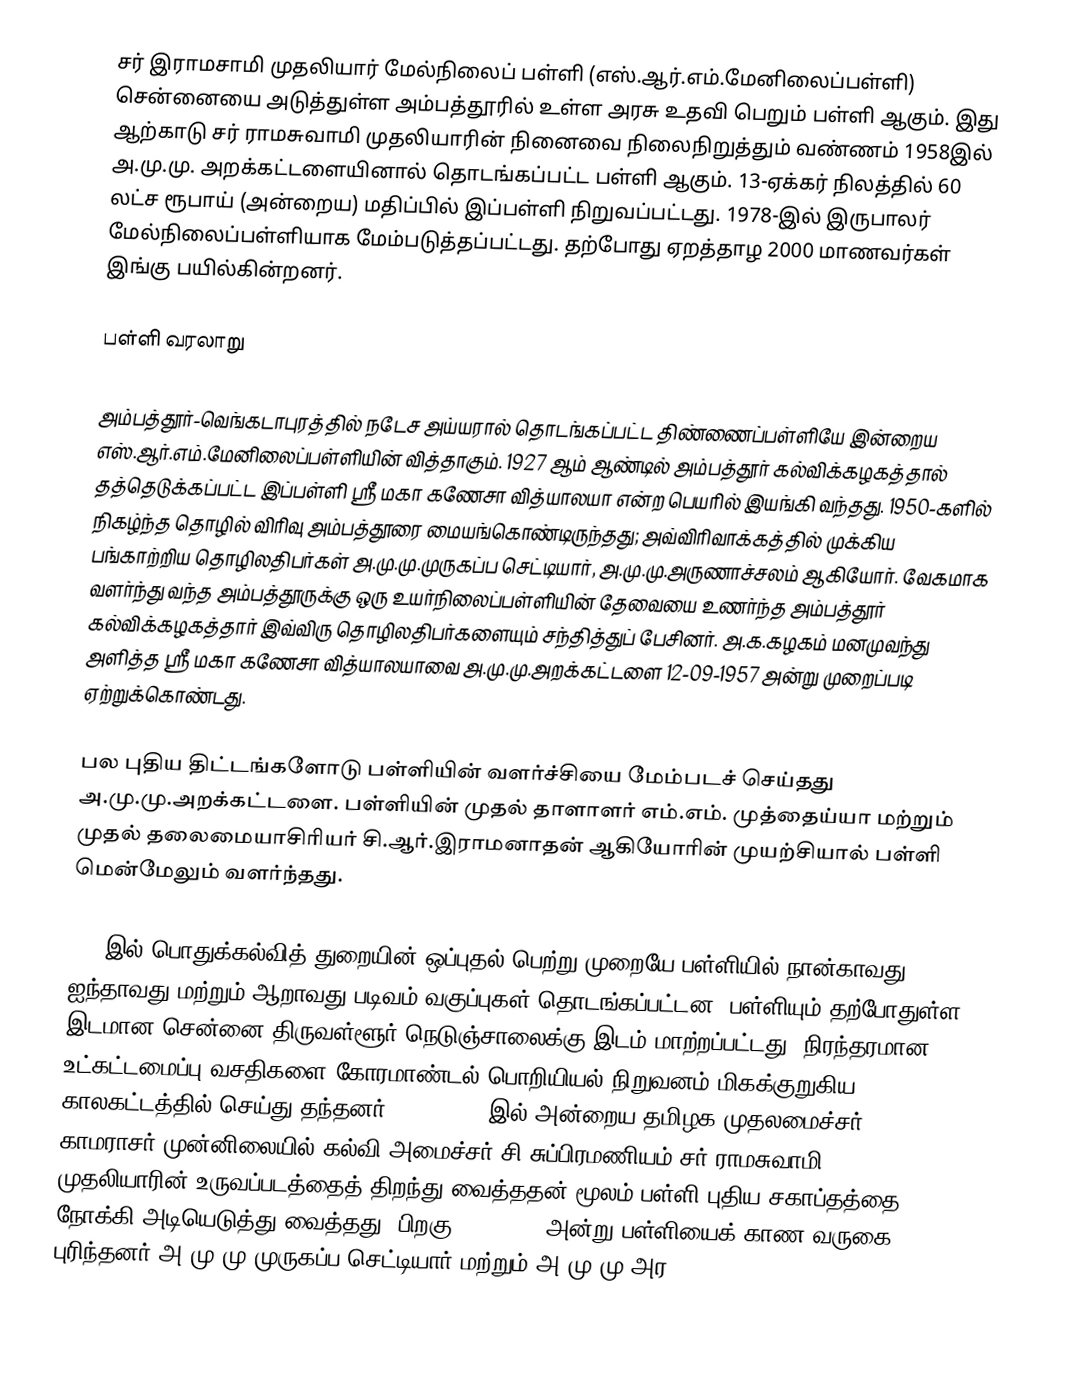
சர் இராமசாமி முதலியார் மேல்நிலைப் பள்ளி (எஸ்.ஆர்.எம்.மேனிலைப்பள்ளி) சென்னையை அடுத்துள்ள அம்பத்தூரில் உள்ள அரசு உதவி பெறும் பள்ளி ஆகும். இது ஆற்காடு சர் ராமசுவாமி முதலியாரின் நினைவை நிலைநிறுத்தும் வண்ணம் 1958இல் அ.மு.மு. அறக்கட்டளையினால் தொடங்கப்பட்ட பள்ளி ஆகும். 13-ஏக்கர் நிலத்தில் 60 லட்ச ரூபாய் (அன்றைய) மதிப்பில் இப்பள்ளி நிறுவப்பட்டது. 1978-இல் இருபாலர் மேல்நிலைப்பள்ளியாக மேம்படுத்தப்பட்டது. தற்போது ஏறத்தாழ 2000 மாணவர்கள் இங்கு பயில்கின்றனர்.

பள்ளி வரலாறு

அம்பத்தூர்-வெங்கடாபுரத்தில் நடேச அய்யரால் தொடங்கப்பட்ட திண்ணைப்பள்ளியே இன்றைய எஸ்.ஆர்.எம்.மேனிலைப்பள்ளியின் வித்தாகும். 1927 ஆம் ஆண்டில் அம்பத்தூர் கல்விக்கழகத்தால் தத்தெடுக்கப்பட்ட இப்பள்ளி ஸ்ரீ மகா கணேசா வித்யாலயா என்ற பெயரில் இயங்கி வந்தது. 1950-களில் நிகழ்ந்த தொழில் விரிவு அம்பத்தூரை மையங்கொண்டிருந்தது; அவ்விரிவாக்கத்தில் முக்கிய பங்காற்றிய தொழிலதிபர்கள் அ.மு.மு.முருகப்ப செட்டியார், அ.மு.மு.அருணாச்சலம் ஆகியோர். வேகமாக வளர்ந்து வந்த அம்பத்தூருக்கு ஒரு உயர்நிலைப்பள்ளியின் தேவையை உணர்ந்த அம்பத்தூர் கல்விக்கழகத்தார் இவ்விரு தொழிலதிபர்களையும் சந்தித்துப் பேசினர். அ.க.கழகம் மனமுவந்து அளித்த ஸ்ரீ மகா கணேசா வித்யாலயாவை அ.மு.மு.அறக்கட்டளை 12-09-1957 அன்று முறைப்படி ஏற்றுக்கொண்டது.

பல புதிய திட்டங்களோடு பள்ளியின் வளர்ச்சியை மேம்படச் செய்தது அ.மு.மு.அறக்கட்டளை. பள்ளியின் முதல் தாளாளர் எம்.எம். முத்தைய்யா மற்றும் முதல் தலைமையாசிரியர் சி.ஆர்.இராமனாதன் ஆகியோரின் முயற்சியால் பள்ளி மென்மேலும் வளர்ந்தது.

1958இல் பொதுக்கல்வித் துறையின் ஒப்புதல் பெற்று முறையே பள்ளியில் நான்காவது, ஐந்தாவது மற்றும் ஆறாவது படிவம் வகுப்புகள் தொடங்கப்பட்டன. பள்ளியும் தற்போதுள்ள இடமான சென்னை-திருவள்ளூர் நெடுஞ்சாலைக்கு இடம் மாற்றப்பட்டது. நிரந்தரமான உட்கட்டமைப்பு வசதிகளை கோரமாண்டல் பொறியியல் நிறுவனம் மிகக்குறுகிய காலகட்டத்தில் செய்து தந்தனர். 22-6-1960 இல் அன்றைய தமிழக முதலமைச்சர் காமராசர் முன்னிலையில் கல்வி அமைச்சர் சி.சுப்பிரமணியம் சர் ராமசுவாமி முதலியாரின் உருவப்படத்தைத் திறந்து வைத்ததன் மூலம் பள்ளி புதிய சகாப்தத்தை நோக்கி அடியெடுத்து வைத்தது. பிறகு 4-07-1960 அன்று பள்ளியைக் காண வருகை புரிந்தனர் அ.மு.மு.முருகப்ப செட்டியார் மற்றும் அ.மு.மு.அர